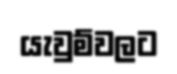
යැවුම්වලට